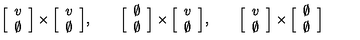
\Big [ \begin{array} { c } { v } \\ { \emptyset } \\ \end{array} \Big ] \times \Big [ \begin{array} { c } { v } \\ { \emptyset } \\ \end{array} \Big ] , \qquad \Big [ \begin{array} { c } { \emptyset } \\ { \emptyset } \\ \end{array} \Big ] \times \Big [ \begin{array} { c } { v } \\ { \emptyset } \\ \end{array} \Big ] , \qquad \Big [ \begin{array} { c } { v } \\ { \emptyset } \\ \end{array} \Big ] \times \Big [ \begin{array} { c } { \emptyset } \\ { \emptyset } \\ \end{array} \Big ]